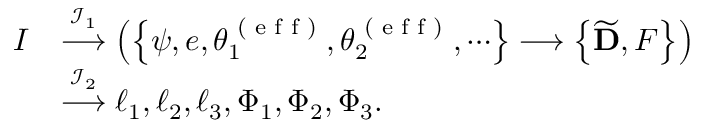
\begin{array} { r l } { I } & { \stackrel { { \mathcal { I } } _ { 1 } } { \longrightarrow } \left( \left\{ \psi , e , \theta _ { 1 } ^ { \textrm { ( e f f ) } } , \theta _ { 2 } ^ { \textrm { ( e f f ) } } , \cdots \right\} \longrightarrow \left\{ \widetilde { \mathbf { D } } , F \right\} \right) } \\ & { \stackrel { { \mathcal { I } } _ { 2 } } { \longrightarrow } \ell _ { 1 } , \ell _ { 2 } , \ell _ { 3 } , \Phi _ { 1 } , \Phi _ { 2 } , \Phi _ { 3 } . } \end{array}